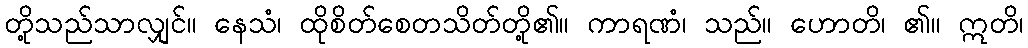
တို့သည်သာလျှင်။ နေသံ၊ ထိုစိတ်စေတသိတ်တို့၏။ ကာရဏံ၊ သည်။ ဟောတိ၊ ၏။ ဣတိ၊